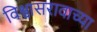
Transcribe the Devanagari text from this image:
विश्वासरावाच्या